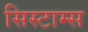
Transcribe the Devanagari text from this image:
सिस्टाम्स